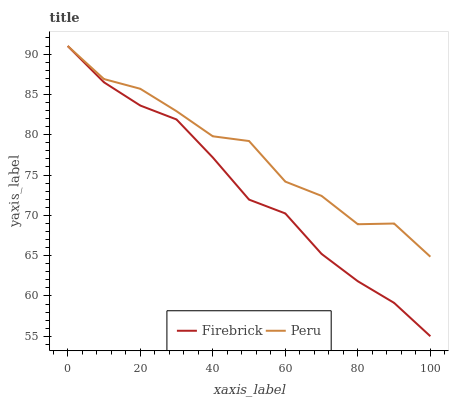
| xaxis_label | Firebrick | Peru |
 | --- | --- | --- |
 | 0 | 91 | 91 |
 | 10 | 86.5 | 86.9 |
 | 20 | 83.6 | 85.7 |
 | 30 | 81.9 | 82.9 |
 | 40 | 77.2 | 79.8 |
 | 50 | 71.9 | 79.2 |
 | 60 | 70.2 | 74.2 |
 | 70 | 65.2 | 72.4 |
 | 80 | 61.8 | 68.9 |
 | 90 | 59.1 | 69 |
 | 100 | 55 | 64.9 |